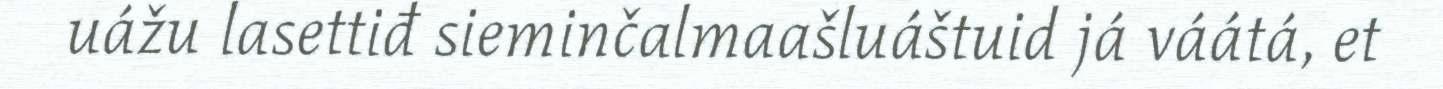
uážu lasettiđ sieminčalmaašluáštuid já váátá, et